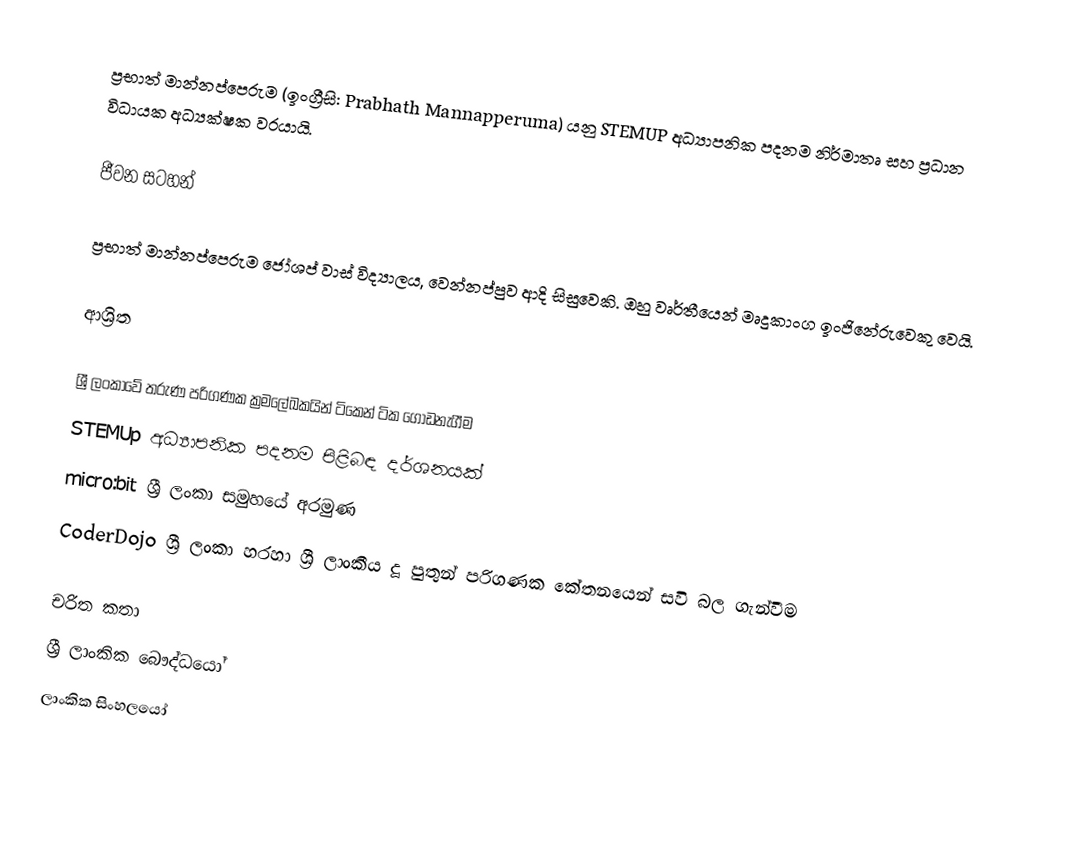
ප්‍රභාත් මාන්නප්පෙරුම (ඉංග්‍රීසි: Prabhath Mannapperuma) යනු STEMUP අධ්‍යාපනික පදනම නිර්මාතෘ සහ ප්‍රධාන විධායක අධ්‍යක්ෂක වරයායි.

ජීවන සටහන්

ප්‍රභාත් මාන්නප්පෙරුම ජෝශප් වාස් විද්‍යාලය, වෙන්නප්පුව ආදි සිසුවෙකි. ඔහු වෘර්තීයෙන් මෘදුකාංග ඉංජිනේරුවෙකු වෙයි.

ආශ්‍රිත

 ශ්‍රී ලංකාවේ තරුණ පරිගණක ක්‍රමලේඛකයින් ටිකෙන් ටික ගොඩනැගීම
 STEMUp අධ්‍යාපනික පදනම පිළිබඳ දර්ශනයක්
 micro:bit ශ්‍රී ලංකා සමුහයේ අරමුණ
 CoderDojo ශ්‍රී ලංකා හරහා ශ්‍රී ලාංකීය දූ පුතුන් පරිගණක කේතනයෙන් සවි බල ගැන්වීම 

චරිත කතා
ශ්‍රී ලාංකික බෞද්ධයෝ
ලාංකික සිංහලයෝ